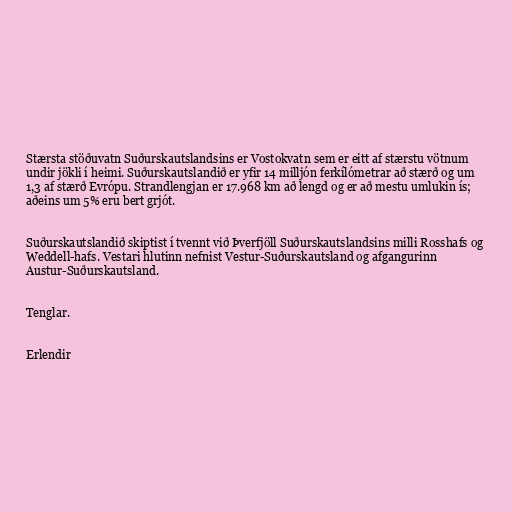
Stærsta stöðuvatn Suðurskautslandsins er Vostokvatn sem er eitt af stærstu vötnum
undir jökli í heimi. Suðurskautslandið er yfir 14 milljón ferkílómetrar að stærð og um
1,3 af stærð Evrópu. Strandlengjan er 17.968 km að lengd og er að mestu umlukin ís;
aðeins um 5% eru bert grjót.

Suðurskautslandið skiptist í tvennt við Þverfjöll Suðurskautslandsins milli Rosshafs og
Weddell-hafs. Vestari hlutinn nefnist Vestur-Suðurskautsland og afgangurinn
Austur-Suðurskautsland.

Tenglar.

Erlendir